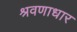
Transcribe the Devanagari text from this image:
श्रवणाधार